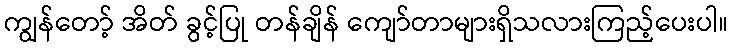
ကျွန်တော့် အိတ် ခွင့်ပြု တန်ချိန် ကျော်တာများရှိသလားကြည့်ပေးပါ။